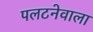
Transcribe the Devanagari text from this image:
पलटनेवाला